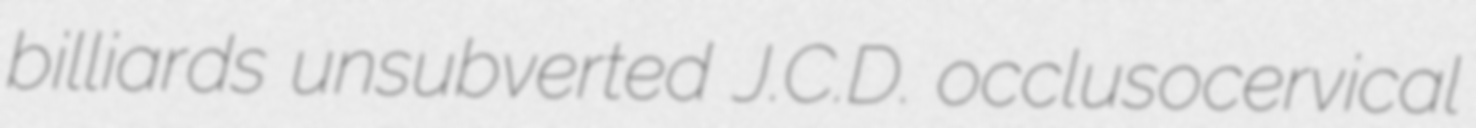
billiards unsubverted J.C.D. occlusocervical